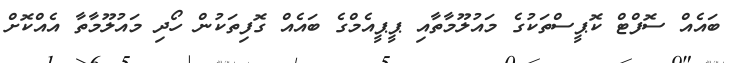
ބައެއް ސޮފްޓް ކޮޕީސްތަކުގެ މައުލޫމާތާއި ޕީޕީއެމްގެ ބައެއް ގޮފިތަކުން ހޯދި މައުލޫމާތާ އެއްކޮށް